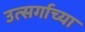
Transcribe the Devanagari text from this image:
उत्सर्गाच्या